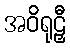
အဝိရုဠှီ